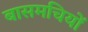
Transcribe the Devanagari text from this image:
बासमचियों